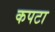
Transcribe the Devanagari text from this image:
कपटा